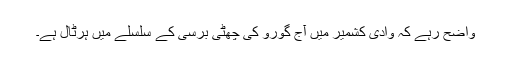
واضح رہے کہ وادی کشمیر میں آج گورو کی چھٹی برسی کے سلسلے میں ہرٹال ہے۔